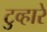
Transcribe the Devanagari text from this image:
टुव्हारे